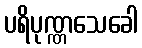
ပရိပုဏ္ဏသေခေါ